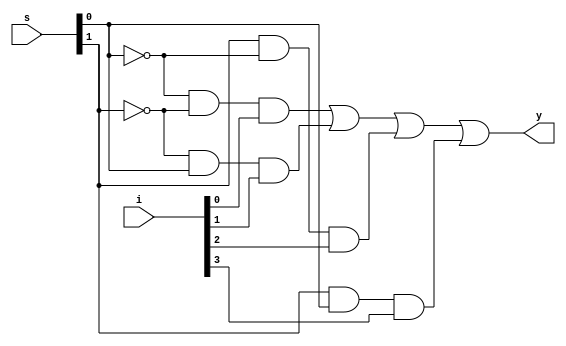
`timescale 1ns / 1ps
//////////////////////////////////////////////////////////////////////////////////
// Company: 
// Engineer: 
// 
// Design Name: 
// Module Name:    mux41s 
// Project Name: 
// Target Devices: 
// Tool versions: 
// Description: 
//
// Dependencies: 
//
// Revision: 
// Revision 0.01 - File Created
// Additional Comments: 
//
//////////////////////////////////////////////////////////////////////////////////
module mux41s(
    input [3:0] i,
    input [1:0] s,
    output y
    );
	 wire[1:0]w;
	 wire[3:0]a;
	 not(w[0],s[0]);
	 not(w[1],s[1]);
	 and(a[0],w[0],w[1],i[0]);
	 and(a[1],w[1],s[0],i[1]);
	 and(a[2],s[1],w[0],i[2]);
	 and(a[3],s[1],s[0],i[3]);
	 or(y,a[0],a[1],a[2],a[3]);
	 endmodule